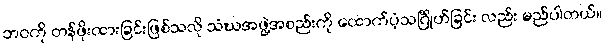
ဘဝကို တန်ဖိုးထားခြင်းဖြစ်သလို သံဃအဖွဲ့အစည်းကို ထောက်ပံ့သင်္ဂြိုဟ်ခြင်း လည်း မည်ပါတယ်။